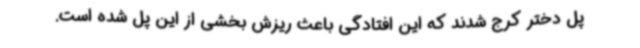
پل دختر کرج شدند که این افتادگی باعث ریزش بخشی از این پل شده است.